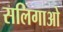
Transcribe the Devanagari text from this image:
सलिगाओ